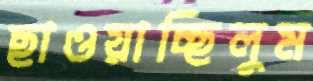
ছাওয়াচ্ছিলুম